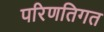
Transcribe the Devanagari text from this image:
परिणतिगत